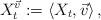
LaTeX: \begin{align*}X_t^{\vec v}:=\langle X_t,\vec v \rangle\,,\end{align*}